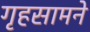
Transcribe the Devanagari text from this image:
गृहसामने